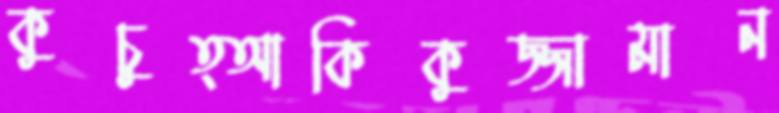
কুচুত্আকিকুজ্জামান